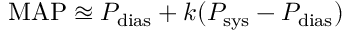
\! { \mathrm { M A P } } \approxeq P _ { \mathrm { d i a s } } + k ( P _ { \mathrm { s y s } } - P _ { \mathrm { d i a s } } )